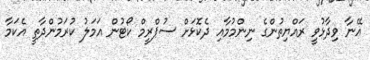
އޭނާ ވިދާޅުވީ ރައްޔިތުންގެ ނިންމުމާއި ދެކޮޅަށް ސުޕްރީމް ކޯޓުން އަމަލު ކުރަމުންދާތީ އެކަމާ